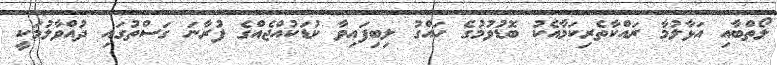
ލޯތްބާއި އަޅާލުމާ ރައްކާތެރިކަމާއެކު ބޮޑުވުމުގެ ހައްގު ލިބިފައިވާ ކުޑަކުއްޖެއްގެ ފުރާނަ ގަސްތުގައި ދުއްވާލުމަކީ